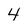
Character: 4